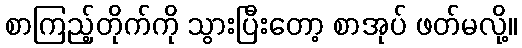
စာကြည့်တိုက်ကို သွားပြီးတော့ စာအုပ် ဖတ်မလို့။